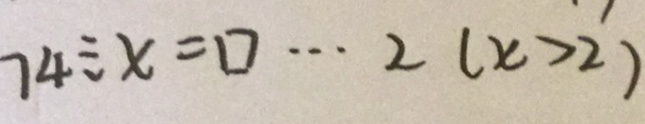
7 4 \div x = \square \cdots 2 ( x > 2 )